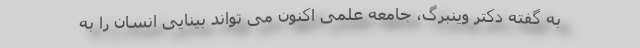
به گفته دکتر وینبرگ، جامعه علمی اکنون می تواند بینایی انسان را به